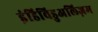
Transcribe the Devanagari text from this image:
इंडिविडुअलिज़म